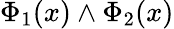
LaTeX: \Phi_{1}(x)\land\Phi_{2}(x)